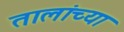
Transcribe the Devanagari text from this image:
तालांच्या